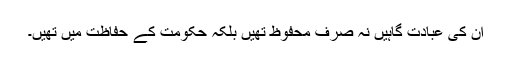
ان کی عبادت گاہیں نہ صرف محفوظ تھیں بلکہ حکومت کے حفاظت میں تھیں۔